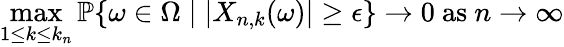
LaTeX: \operatorname*{max}_{1\leq k\leq k_{n}}\mathbb{P}\{ \omega\in\Omega\mid\vert X_{n,k}(\omega)\vert\geq\epsilon\} \to 0{\mathrm{~as~}}n\to\infty